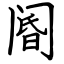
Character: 阍